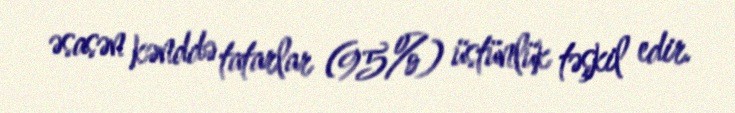
əsasən kənddə tatarlar (95%) üstünlük təşkil edir.